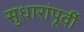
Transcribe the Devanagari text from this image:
सुधारांपूर्वी